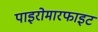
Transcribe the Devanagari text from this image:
पाइरोमारफाइट